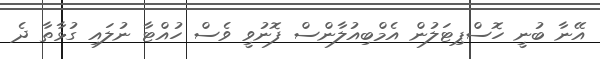
އޭނާ ބުނީ ހޮސްޕިޓަލުން އެމްބިއުލާންސް ފޮނުވީ ވެސް ހުއްޓާ ނުލައި ގުޅާތާ ދެ